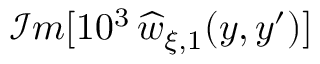
\mathcal { I } m [ 1 0 ^ { 3 } \, \widehat { w } _ { \xi , 1 } ( y , y ^ { \prime } ) ]